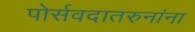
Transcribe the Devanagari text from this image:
पोर्सवदातरुनांना